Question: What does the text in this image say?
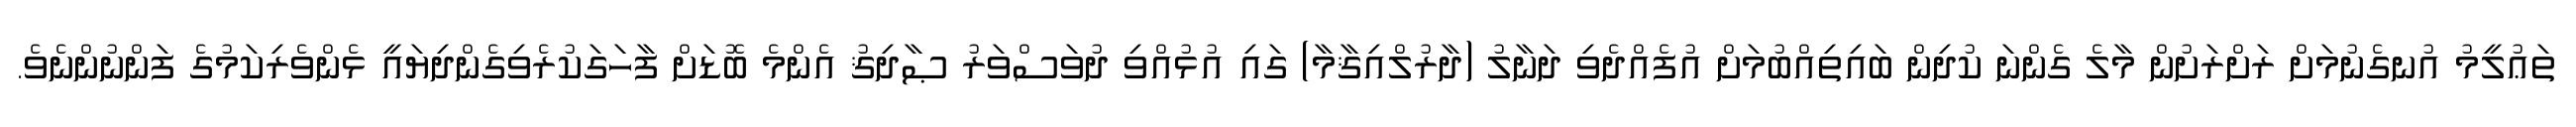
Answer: ތަޢުލީމު އުނގެނުމަށް ރަށްރަށުން މާލެ ގެންނަ ކުދިން ބައިތިއްބުމަށް އުފެއްދެވި ދަނާލު (ދާރުލްއިޤާމާ) ގައި އުޅުއްވި ދުވަސްވަރު ޞާދިޤު އެންމެ ބޮޑަށް ފާހަގަކުރެވިގެންދިޔައީ ޅެންވެރިކަމުގެ ފަންނުންނެވެ.